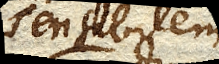
sensibilem